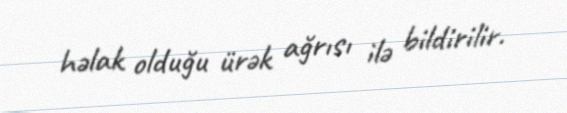
həlak olduğu ürək ağrısı ilə bildirilir.